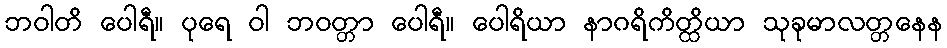
ဘဝါတိ ပေါရီ။ ပုရေ ဝါ ဘဝတ္တာ ပေါရီ။ ပေါရိယာ နာဂရိကိတ္ထိယာ သုခုမာလတ္တနေန